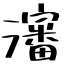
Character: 瀋